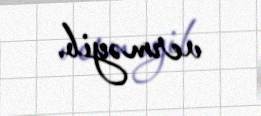
verməyib.